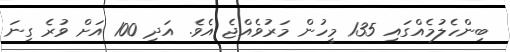
ބިންހެލުމެއްގައި 135 މީހުން މަރުވެއްޖެ އެވެ. އަދި 100 އަށް ވުރެ ގިނަ